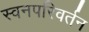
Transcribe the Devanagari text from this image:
स्वनपरिवर्तन